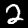
Digit: 2